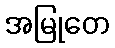
အမြုတေ